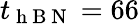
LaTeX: t_{\mathrm{~h~B~N~}}=66